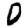
Digit: 0